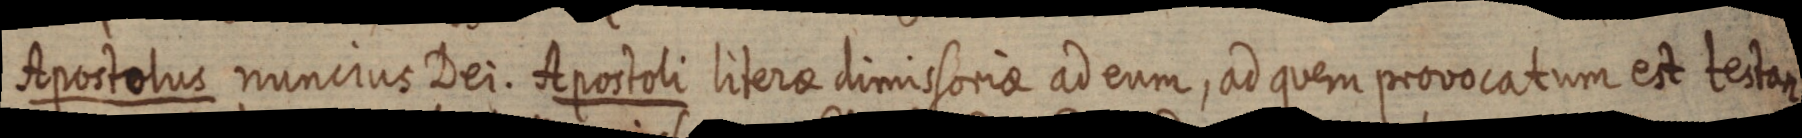
Apostolus nuncius Dei. Apostoli literae dimissoriae ad eum, ad quem provocatum et testan